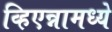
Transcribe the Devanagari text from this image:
व्हिएन्नामध्ये